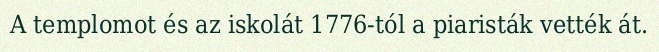
A templomot és az iskolát 1776-tól a piaristák vették át.